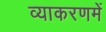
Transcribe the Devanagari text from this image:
व्याकरणमें